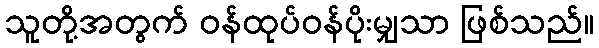
သူတို့အတွက် ဝန်ထုပ်ဝန်ပိုးမျှသာ ဖြစ်သည်။